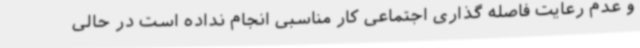
و عدم رعایت فاصله گذاری اجتماعی کار مناسبی انجام نداده است در حالی